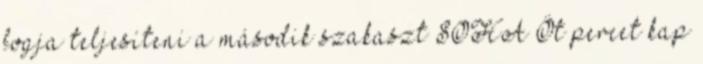
fogja teljesíteni a második szakaszt SOHA Öt percet kap